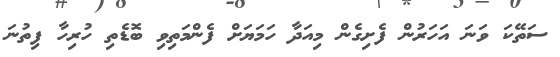
ސަތޭކަ ވަނަ އަހަރުން ފެށިގެން މިއަދާ ހަމަޔަށް ފެންމަތިވި ބޮޑެތި ހުރިހާ ފިތުނަ